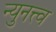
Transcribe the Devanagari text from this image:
न्युनत्त्व